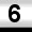
Digit: 6